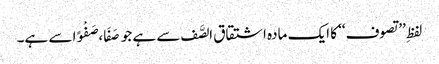
لفظِ ’’تصوف‘‘ کا ایک مادہ اشتقاق الصَّف سے ہے جو صَفَا، صَفْوًا سے ہے۔